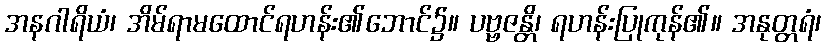
အနဂါရိယံ၊ အိမ်ရာမထောင်ရဟန်း၏ဘောင်၌။ ပဗ္ဗဇန္တိ၊ ရဟန်းပြုကုန်၏။ အနုတ္တရံ၊